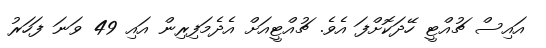
އައިސް ޗުއްޓީ ހޭދަކޮށްފަ އެވެ. ޗުއްޓީއަށް އެދެމަފިރިން އައި 49 ވަނަ ފަހަރު